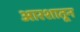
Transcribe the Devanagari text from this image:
आरशातून